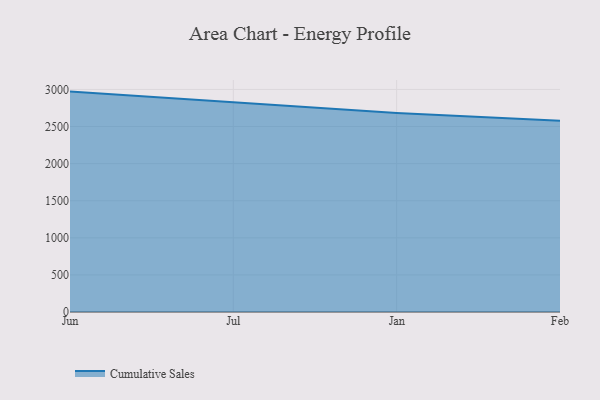
{"axis": {"x": "Month", "y": "Gross Profit (USD K)"}, "legend": ["Cumulative Sales"], "data": [{"x": "Jun", "y": 2970.9, "type": "Cumulative Sales"}, {"x": "Jul", "y": 2825.5, "type": "Cumulative Sales"}, {"x": "Jan", "y": 2680.9, "type": "Cumulative Sales"}, {"x": "Feb", "y": 2576.4, "type": "Cumulative Sales"}]}